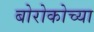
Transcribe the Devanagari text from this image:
बोरोकोच्या